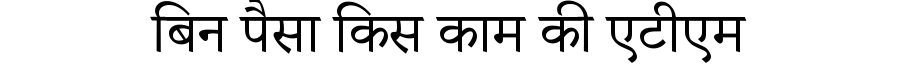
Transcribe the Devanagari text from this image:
बिन पैसा किस काम की एटीएम